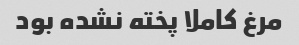
مرغ کاملا پخته نشده بود